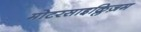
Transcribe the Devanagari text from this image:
मोटरसाइक्लिज़म